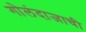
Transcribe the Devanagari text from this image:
गोलंदाजाची